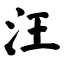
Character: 汪